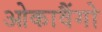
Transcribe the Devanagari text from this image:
ओकावैंगो